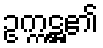
ဥက္ကဋ္ဌ၏